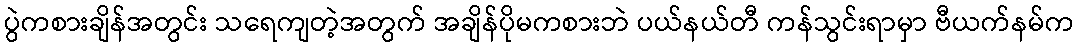
ပွဲကစားချိန်အတွင်း သရေကျတဲ့အတွက် အချိန်ပိုမကစားဘဲ ပယ်နယ်တီ ကန်သွင်းရာမှာ ဗီယက်နမ်က